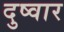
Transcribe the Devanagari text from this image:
दुष्वार